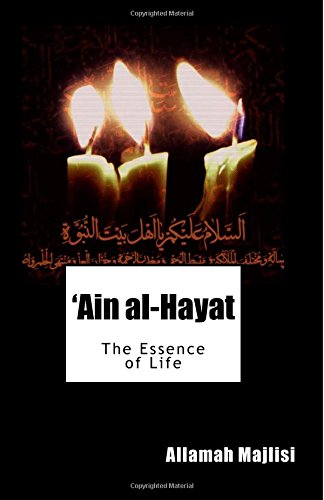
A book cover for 'Ain al-Hayat: The Essence of Life; Allamah Muhammad Baqir Majlisi; Religion & Spirituality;